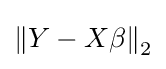
\left\|Y-X\beta \right\|_{2}